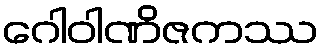
ဂေါဝါဏိဇကဿ